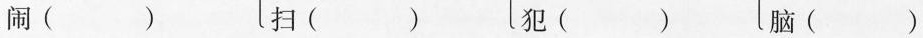
闹( ) 扫( ) 犯( ) 脑( )